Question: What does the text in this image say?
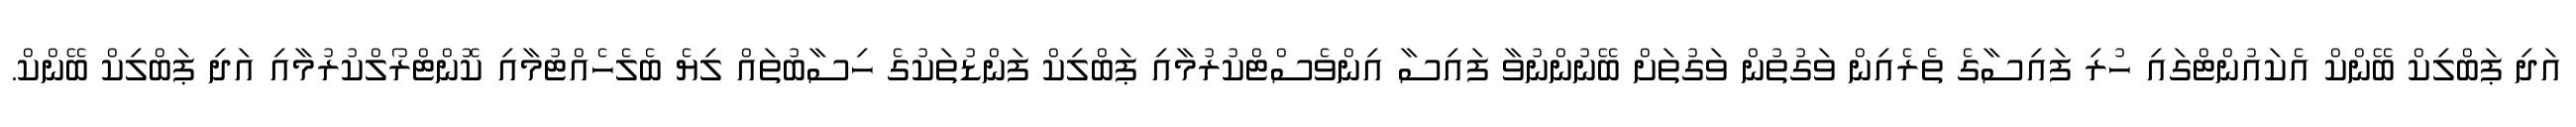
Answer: އަދި ޕަބްލިކް ބޭންކް އެކައުންޓްގައި ހުރި ފައިސާގެ ތެރެއިން ވަގުތުން ވަގުތަށް ބޭނުންނުވާ ފައިސާ އިންވެސްޓްކުރުމާއި ޕަބްލިކް ފަންޑުތަކުގެ ހިސާބުތައް ލިޔެ ބެލެހެއްޓުމާއި ކޮންޓްރޯލްކުރުމާއި އަދި ޕަބްލިކް ބޭންކް.